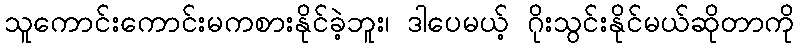
သူကောင်းကောင်းမကစားနိုင်ခဲ့ဘူး၊ ဒါပေမယ့် ဂိုးသွင်းနိုင်မယ်ဆိုတာကို